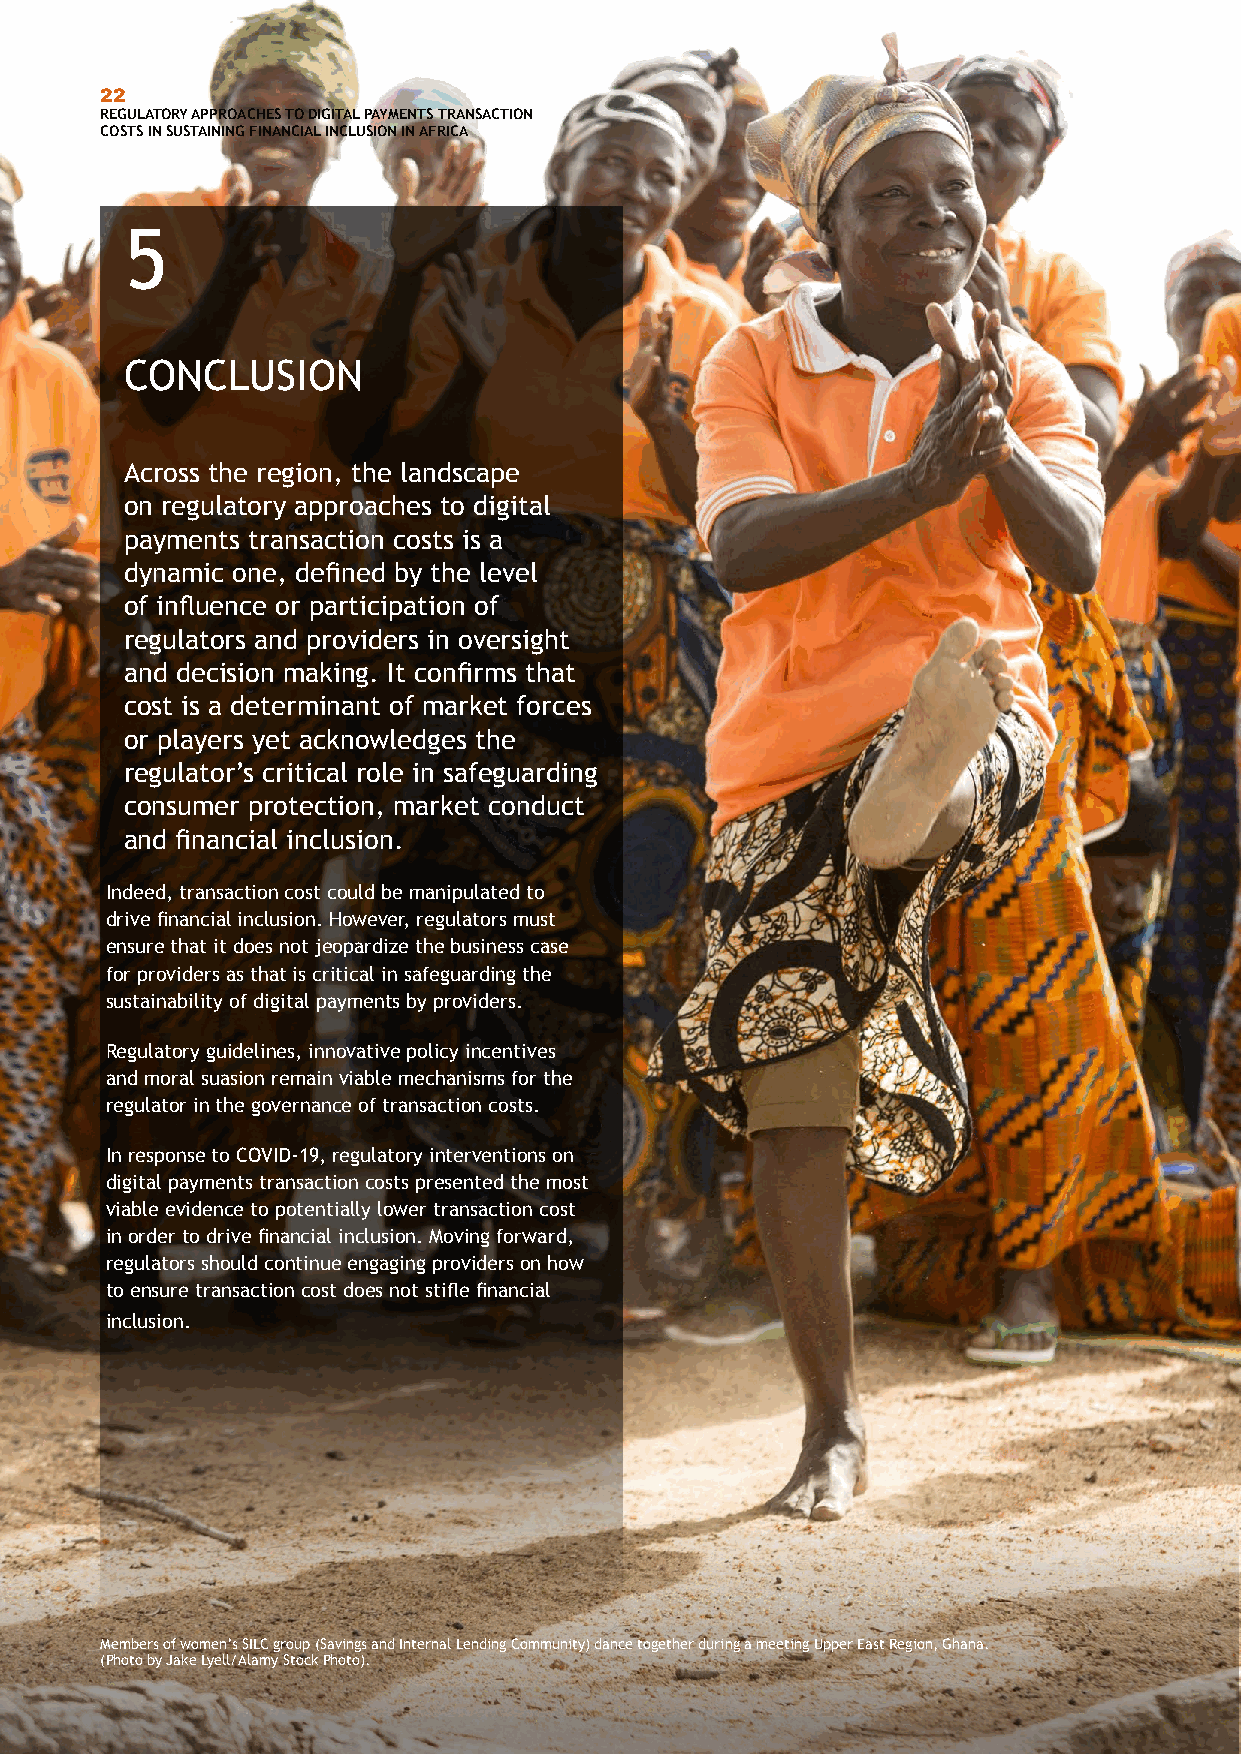
22
 REGULATORY APPROACHES TO DIGITAL PAYMENTS TRANSACTION
 COSTS IN SUSTAINING FINANCIAL INCLUSION IN AFRICA
 5
 CONCLUSION
 Across the region, the landscape
 on regulatory approaches to digital
 payments transaction costs is a
 dynamic one, defined by the level
 of influence or participation of
 regulators and providers in oversight
 and decision making. It confirms that
 cost is a determinant of market forces
 or players yet acknowledges the
 regulator’s critical role in safeguarding
 consumer protection, market conduct
 and financial inclusion.
 Indeed, transaction cost could be manipulated to
 drive financial inclusion. However, regulators must
 ensure that it does not jeopardize the business case
 for providers as that is critical in safeguarding the
 sustainability of digital payments by providers.
 Regulatory guidelines, innovative policy incentives
 and moral suasion remain viable mechanisms for the
 regulator in the governance of transaction costs.
 In response to COVID-19, regulatory interventions on
 digital payments transaction costs presented the most
 viable evidence to potentially lower transaction cost
 in order to drive financial inclusion. Moving forward,
 regulators should continue engaging providers on how
 to ensure transaction cost does not stifle financial
 inclusion.
 Members of women’s SILC group (Savings and Internal Lending Community) dance together during a meeting Upper East Region, Ghana.
 (Photo by Jake Lyell/Alamy Stock Photo).